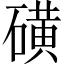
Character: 磺